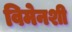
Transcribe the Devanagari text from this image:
विमेनशी